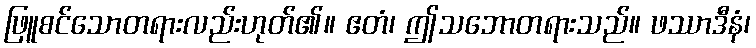
ဖြူစင်သောတရားလည်းဟုတ်၏။ ဧတံ၊ ဤသဘောတရားသည်။ ဖဿာဒီနံ၊